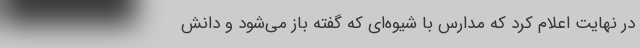
در نهایت اعلام کرد که مدارس با شیوه‌ای که گفته باز می‌شود و دانش‌